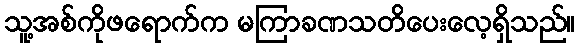
သူ့အစ်ကိုဖရောက်က မကြာခဏသတိပေးလေ့ရှိသည်။